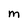
Character: M